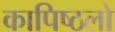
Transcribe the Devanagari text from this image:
कापिष्ठलो